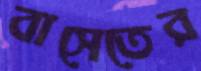
বাসেতের